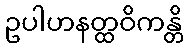
ဥပါဟနတ္ထဝိကန္တိ